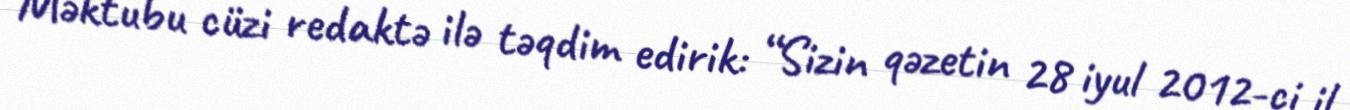
Məktubu cüzi redaktə ilə təqdim edirik: “Sizin qəzetin 28 iyul 2012-ci il